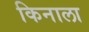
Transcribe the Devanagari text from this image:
किनाला